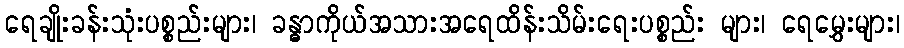
ရေချိုးခန်းသုံးပစ္စည်းများ၊ ခန္ဓာကိုယ်အသားအရေထိန်းသိမ်းရေးပစ္စည်း များ၊ ရေမွှေးများ၊